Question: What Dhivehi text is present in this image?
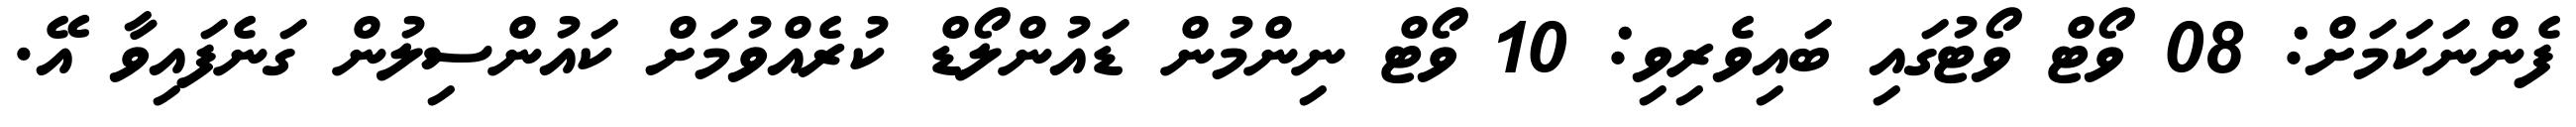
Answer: ފެންނަކަމަށް: 08 ވޯޓް ވޯޓުގައި ބައިވެރިވި: 10 ވޯޓް ނިންމުން ޑައުންލޯޑް ކުރެއްވުމަށް ކައުންސިލުން ގަނެފައިވާ އޭ.